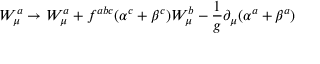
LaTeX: W _ { \mu } ^ { a } \to W _ { \mu } ^ { a } + f ^ { a b c } ( \alpha ^ { c } + \beta ^ { c } ) W _ { \mu } ^ { b } - \frac { 1 } { g } \partial _ { \mu } ( \alpha ^ { a } + \beta ^ { a } )